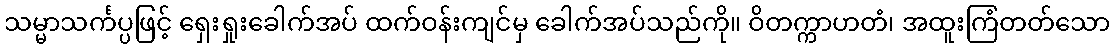
သမ္မာသင်္ကပ္ပဖြင့် ရှေးရှုးခေါက်အပ် ထက်ဝန်းကျင်မှ ခေါက်အပ်သည်ကို။ ဝိတက္ကာဟတံ၊ အထူးကြံတတ်သော